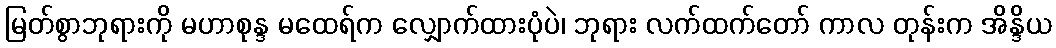
မြတ်စွာဘုရားကို မဟာစုန္ဒ မထေရ်က လျှောက်ထားပုံပဲ၊ ဘုရား လက်ထက်တော် ကာလ တုန်းက အိန္ဒိယ